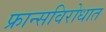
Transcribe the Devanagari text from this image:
फ्रान्सविरोधात